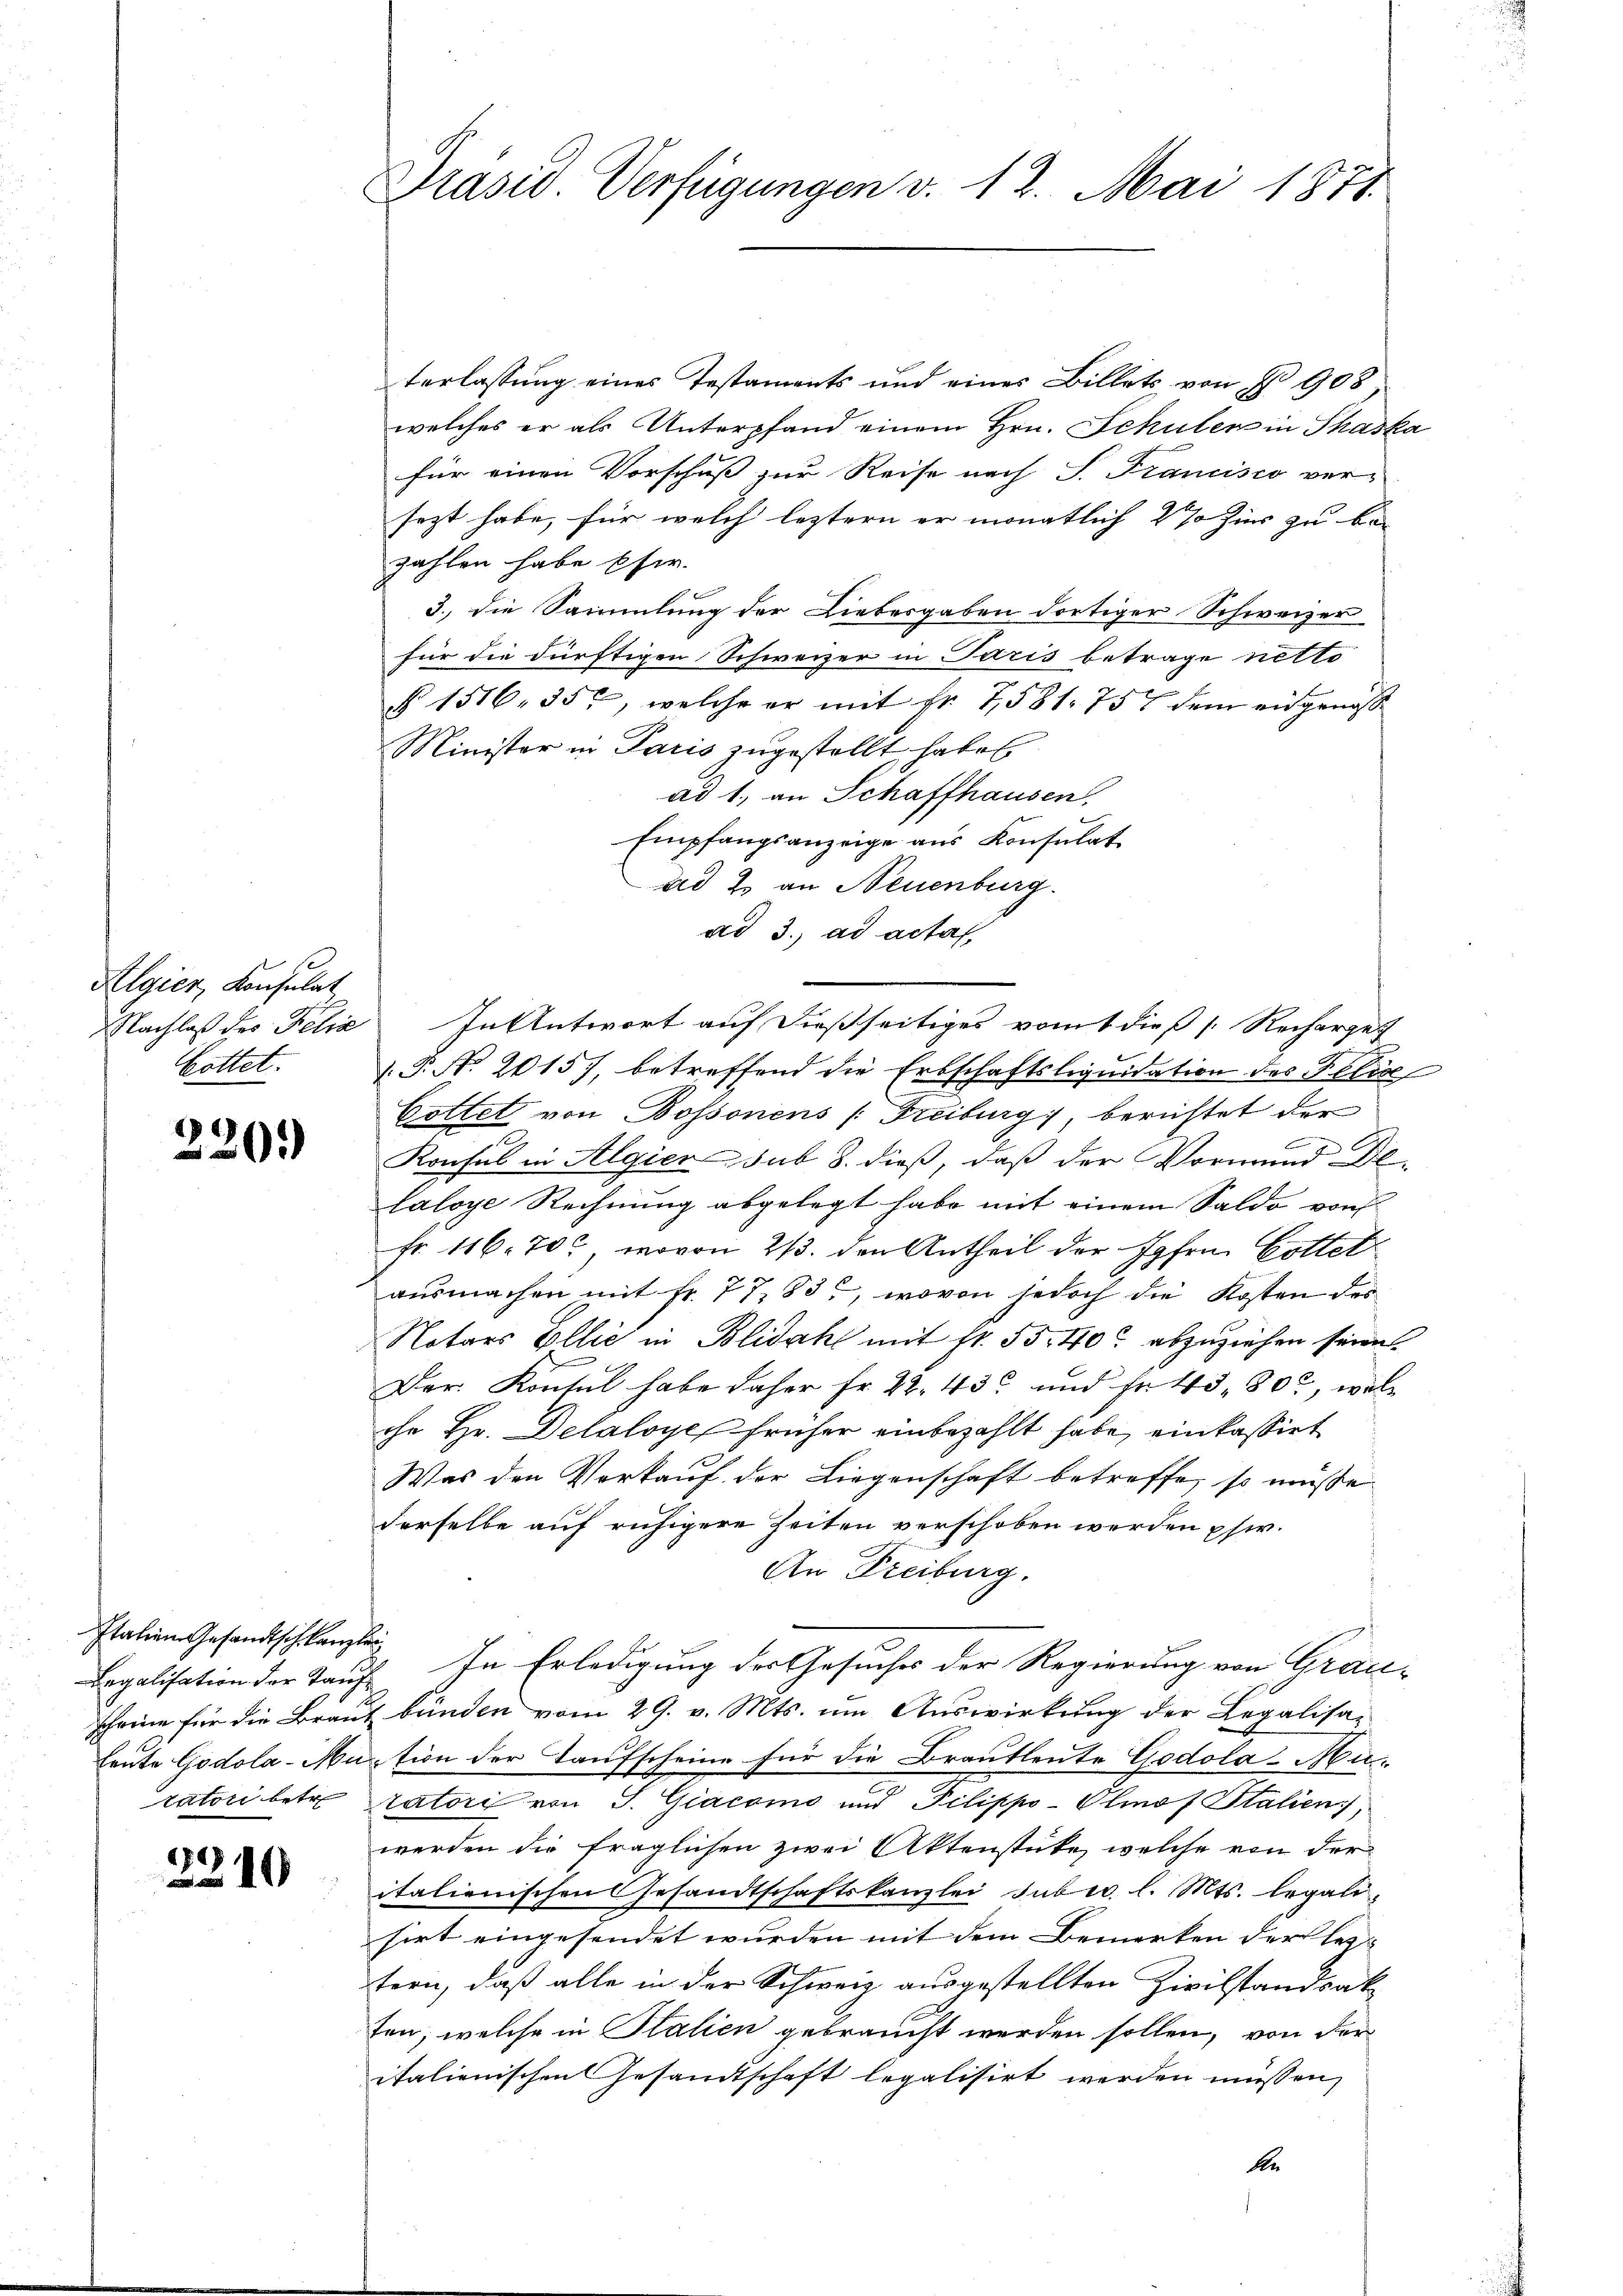
Algier, Konsulat
kottet.

230.

Italien Gesandtschkanzlei
ratori betr.

2340

Präsid. Verfügungen v. 12. Mai 1871

terlassung eines Testaments und eines Billets von § 908;
welches er als Unterpfand einem Hrn. Schulen in Phaska
für einen Vorschuß zur Reise nach S. Francisco ver-
sezt habe, für welch leztern er monatlich 2 % Zins zu bezahlen habe Ehe.
3., die Sammlung der Liebesgaben dortiger Schweizer
für die dürftigen Schweizer in Paris betrage netto
§ 1516. 357, welche er mit Fr. 7,581. 757 dem eidgenoss
Minister in Paris zugestellt, haben
ad 1., an Schaffhausen,
Empfangsanzeige aus Konsulat
ad 2. an Neuenburg.
ad 3. ad acta,
NNachlaß des Felix In Antwort auf dießseitiges vom 1 dieß [Recharget
.P. Nr. 2015), betreffend die Erbschaftsliquidation des Felix
Cottet von Bossonens (Freiburg, berichtet der
.
Konsul in Algier sub 8. dieß, daß der Vormund Delaloye Rechnung abgelegt habe mit einem Saldo von
Fr. 116. 70, wovon 2/3. den Antheil der Ipfen Gottet
ausmachen mit fr. 77. 83, wovon jedoch die Kosten des
Notars Ellić in Blidahl mit fr. 55.40 abzuziehen seien.
Der Kontul habe daher Fr. 22. 43 und Fr. 43, 80, welche Hr. Delaloye, früher einbezahlt habe, einkassirt
Was den Verkauf der Liegenschaft betreffe, so müsse
derselbe auf ruhigere Zeiten verschoben werden phw.
An Freiburg.
Legalisation der Kauf. In Erledigung der Gesuches der Regierung von Grau-
scheine für die Braut bünden vom 29. v. Mts. um Auswirkung der Legalisa-
Leute Godola-Muction der Taufscheine für die Brautleute Godola-Auratori von J. Giacomo und Pilippo-Olmof Stalien),
werden die fraglichen zwei Aktenstücke, welche von der
italienischen Gesandtschaftskanzlei Subec. l. Mts. legali
sirt eingesendet wurden mit dem Bemerken der leztern, daß alle in der Schweiz ausgestellten Zivilstandsat
fen; welche in Stalien gebraucht werden sollen, von der
italienischen Gesandtschaft legalisirt werden müssen,
b.